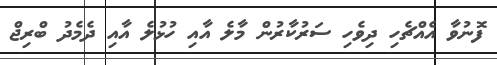
ފޮނުވާ އެއްޗެހި ދިވެހި ސަރުކާރުން މާލެ އާއި ހުޅުލެ އާއި ދެމެދު ބްރިޖް